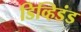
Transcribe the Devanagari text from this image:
डिव्हिडंड